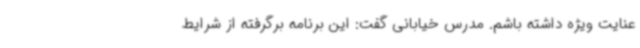
عنایت ویژه داشته باشم. مدرس خیابانی گفت: این برنامه برگرفته از شرایط